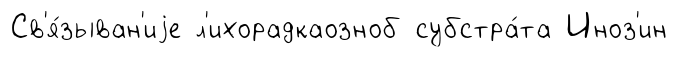
Св'я́зыван'иjе л'ихорадкаозноб субстра́та Иноз'ин